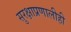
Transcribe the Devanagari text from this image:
सुरक्षाप्रणालीही